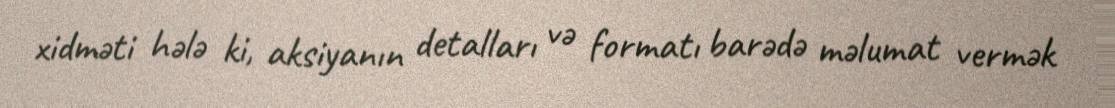
xidməti hələ ki, aksiyanın detalları və formatı barədə məlumat vermək